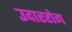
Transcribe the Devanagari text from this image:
उदाररोग